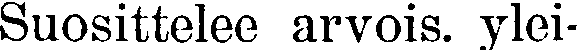
Suosittelee arvois. ylei-